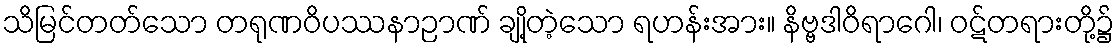
သိမြင်တတ်သော တရုဏဝိပဿနာဉာဏ် ချို့တဲ့သော ရဟန်းအား။ နိဗ္ဗဒါဝိရာဂေါ၊ ဝဋ်တရားတို့၌